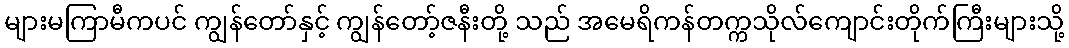
များမကြာမီကပင် ကျွန်တော်နှင့် ကျွန်တော့်ဇနီးတို့ သည် အမေရိကန်တက္ကသိုလ်ကျောင်းတိုက်ကြီးများသို့